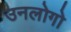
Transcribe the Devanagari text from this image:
उनलोगो